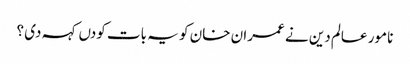
نامور عالم دین نے عمران خان کو یہ بات کودں کہہ دی ؟